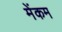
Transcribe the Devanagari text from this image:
मेंकम